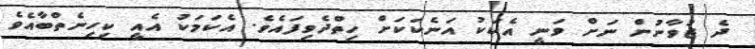
ދެ ޒުވާނުން ނަށް ވަނީ އެކަކު އަނެކަކަށް ހިތްދެވިފައެވެ. އެކަމަކު އެއީ ކިހިނެތްބާއެވެ